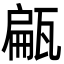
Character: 甂